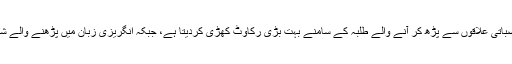
ان کا یہ بھی کہنا ہے کہ یہ طریقہ کار دیہی وقصباتی علاقوں سے پڑھ کر آنے والے طلبہ کے سامنے بہت بڑی رکاوٹ کھڑی کردیتا ہے، جبکہ انگریزی زبان میں پڑھنے والے شہری طلبہ کے لیے راستہ مزید آسان ہو جاتا ہے۔